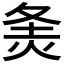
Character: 𰞓